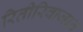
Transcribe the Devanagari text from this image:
रितीरिवाजात